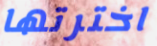
اخترتها